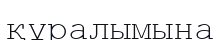
құралымына